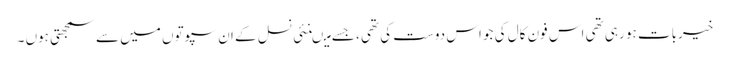
خیربات ہو رہی تھی اس فون کال کی جو اس دوست کی تھی ، جسے میںنئی نسل کے ان سپوتوں میں سے سمجھتی ہوں ۔